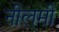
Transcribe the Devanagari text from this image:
नीलमी